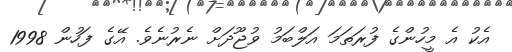
އެކު އެ މީހުންގެ ފުރަތަމަ އަލްބަމު ވުޖޫދަށް ނެރުނެވެ. އޭގެ ފަހުން 1998